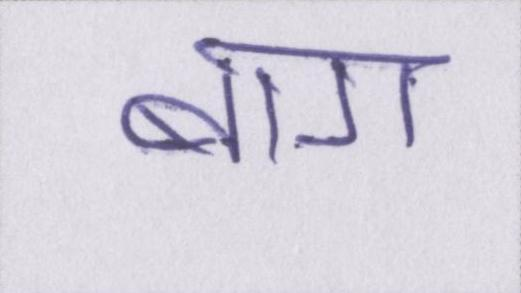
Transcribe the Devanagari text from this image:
बाग